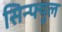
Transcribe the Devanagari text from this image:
सिन्फ्युल